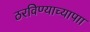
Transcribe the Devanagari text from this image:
ठरविण्याच्यापाा